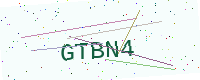
Text: GTBN4